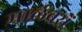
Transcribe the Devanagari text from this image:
मार्लबरों